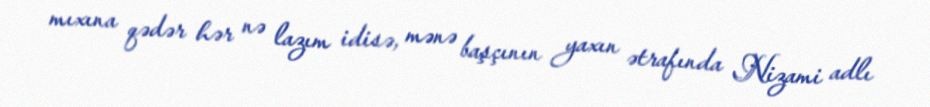
mıxına qədər hər nə lazım idisə, mənə başçının yaxın ətrafında Nizami adlı